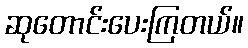
ဆုတောင်းပေးကြတယ်။